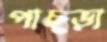
পাছ্‌ড়া